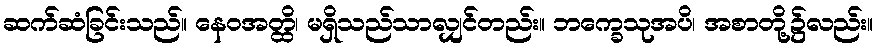
ဆက်ဆံခြင်းသည်။ နေဝအတ္ထိ၊ မရှိသည်သာလျှင်တည်း။ ဘက္ခေသုအပိ၊ အစာတို့၌လည်း။